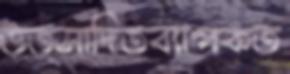
উত্সাদিতব্যাপকত